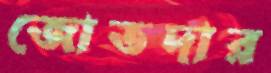
জোতদার